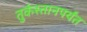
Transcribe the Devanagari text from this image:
तुर्कस्तानपर्यंत